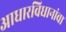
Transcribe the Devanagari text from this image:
आधारविधानांचा